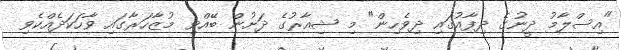
"އިސްލާމު ދީނުގެ ދިފާއުގައި ދިވެހިން" މި ޝިއާރުގެ ދަށުން ބޭއްވި މުޒާހަރާގައި ވާހަކަދެއްކެވި